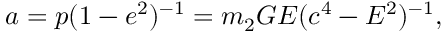
a = p ( 1 - e ^ { 2 } ) ^ { - 1 } = m _ { 2 } G E ( c ^ { 4 } - E ^ { 2 } ) ^ { - 1 } ,